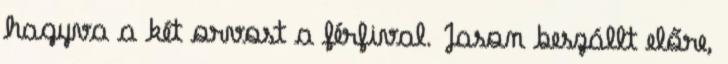
hagyva a két orvost a férfival. Jason beszállt előre,